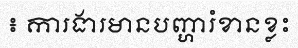
៖ ការងារមានបញ្ហារំខានខ្លះ